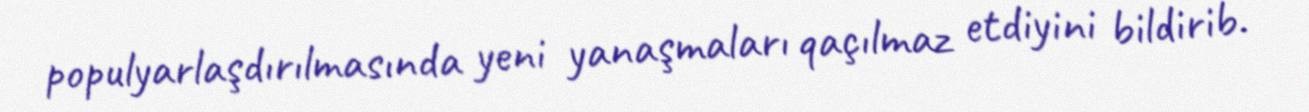
populyarlaşdırılmasında yeni yanaşmaları qaçılmaz etdiyini bildirib.